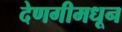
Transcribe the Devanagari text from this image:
देणगीमधून